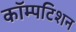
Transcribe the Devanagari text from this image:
कॉम्पटिशन